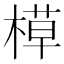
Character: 𬃸